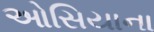
ઓસિયાના